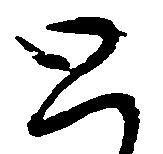
と